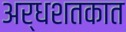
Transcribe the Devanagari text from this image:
अर्धशतकात